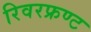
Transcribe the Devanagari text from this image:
रिवरफ्रण्ट